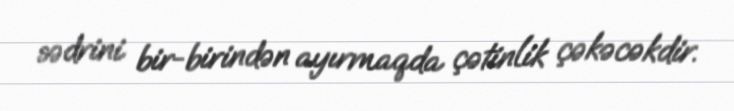
sədrini bir-birindən ayırmaqda çətinlik çəkəcəkdir.